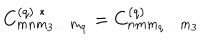
C _ { m n m _ { 3 } \ldots m _ { q } } ^ { ( q ) \; * } = C _ { n m m _ { q } \ldots m _ { 3 } } ^ { ( q ) }